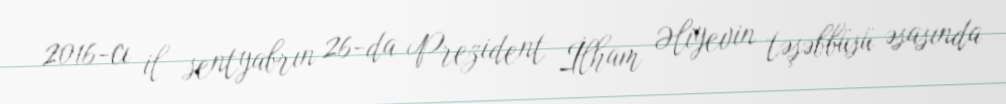
2016-cı il sentyabrın 26-da Prezident İlham Əliyevin təşəbbüsü əsasında